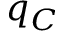
q _ { C }